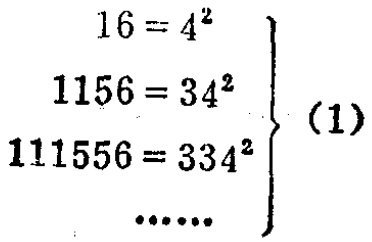
\[

\begin{align}

16& = 4^{2}\\

1156&=34^{2}\\

111556& = 334^{2}\\

&\cdots\cdots

\end{align}

\quad(1)

\]